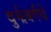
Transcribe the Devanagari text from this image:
वुर्झबर्गचे